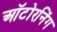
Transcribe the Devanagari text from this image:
ऑटोरनिंग